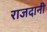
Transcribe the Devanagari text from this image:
राजदानी